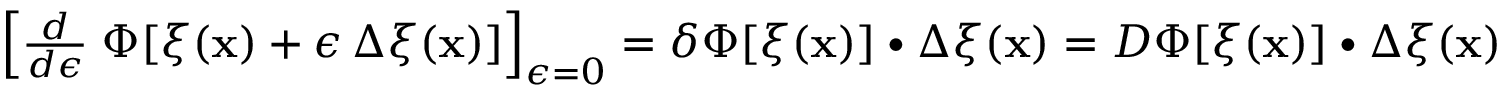
\begin{array} { r } { \left[ \frac { d } { d \epsilon } \; \Phi [ \xi ( \mathbf { x } ) + \epsilon \, \Delta \xi ( \mathbf { x } ) ] \right] _ { \epsilon = 0 } = \delta \Phi [ \xi ( \mathbf { x } ) ] \bullet \Delta \xi ( \mathbf { x } ) = D \Phi [ \xi ( \mathbf { x } ) ] \bullet \Delta \xi ( \mathbf { x } ) \quad \forall \Delta \xi ( \mathbf { x } ) } \end{array}